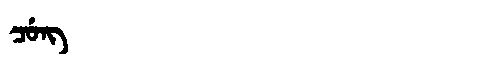
Manchu: ᠴᡠᠩ
Romanization: CUNG